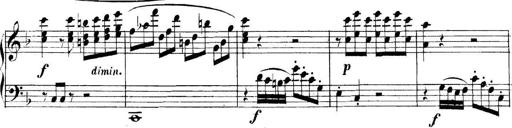
Title: Collected Piano Sonatas
Composer: Muzio Clementi